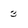
Character: 3